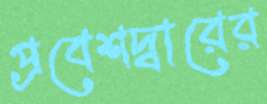
প্রবেশদ্বারের